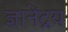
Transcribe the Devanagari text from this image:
ज्ञानेंद्रय